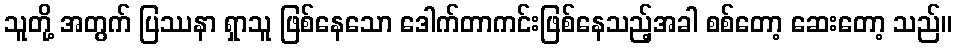
သူတို့ အတွက် ပြဿနာ ရှာသူ ဖြစ်နေသော ဒေါက်တာကင်းဖြစ်နေသည့်အခါ စစ်တော့ ဆေးတော့ သည်။